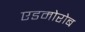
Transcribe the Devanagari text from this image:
एडमोरोब